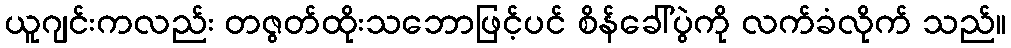
ယူဂျင်းကလည်း တဇွတ်ထိုးသဘောဖြင့်ပင် စိန်ခေါ်ပွဲကို လက်ခံလိုက် သည်။